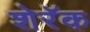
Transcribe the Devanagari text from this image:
शेरॅक